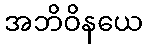
အဘိဝိနယေ